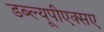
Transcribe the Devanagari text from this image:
डब्ल्यूपीएक्सए